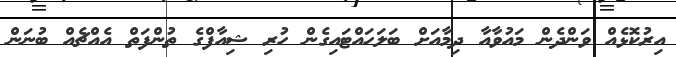
އިރުކޮޅެއް ވަންދެން މައުވާއާ ދިމާއަށް ބަލަހައްޓައިގެން ހުރި ޝިއާފްގެ ތުންފަތް އެއްޗެއް ބުނަން